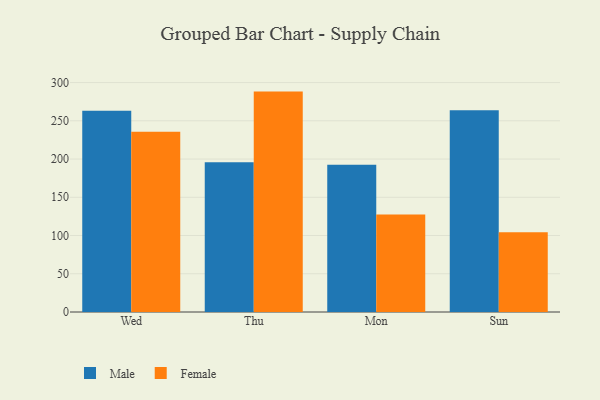
{"axis": {"x": "Day", "y": "Conversion Rate (%)"}, "legend": ["Female", "Male"], "data": [{"x": "Wed", "y": 263.3, "type": "Male"}, {"x": "Wed", "y": 235.6, "type": "Female"}, {"x": "Thu", "y": 195.8, "type": "Male"}, {"x": "Thu", "y": 288.2, "type": "Female"}, {"x": "Mon", "y": 192.7, "type": "Male"}, {"x": "Mon", "y": 127.4, "type": "Female"}, {"x": "Sun", "y": 263.8, "type": "Male"}, {"x": "Sun", "y": 104.2, "type": "Female"}]}